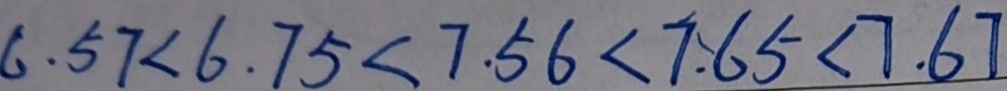
6 . 5 7 < 6 . 7 5 < 7 . 5 6 < 7 . 6 5 < 7 . 6 7